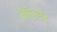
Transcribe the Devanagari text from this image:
कॉल्नेट